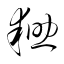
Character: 耡